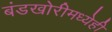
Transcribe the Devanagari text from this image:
बंडखोरीमध्येही